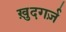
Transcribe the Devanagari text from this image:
ख़ुदगर्ज़